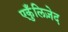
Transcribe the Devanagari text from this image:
एकुँलिज़ेद